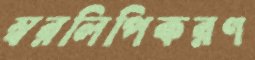
স্বরলিপিকরণ